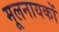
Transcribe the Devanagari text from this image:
मूलनायकों